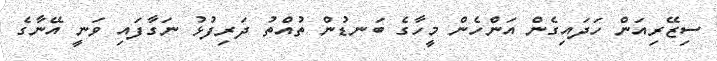
ސިޒޭރިއަން ހަދައިގެން އަންހެން މީހާގެ ބަނޑުން ތުއްތު ދަރިފުޅު ނަގާފައި ވަނީ އޭނާގެ